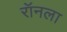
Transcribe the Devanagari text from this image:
रॉनला